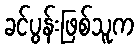
ခင်ပွန်းဖြစ်သူက